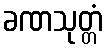
ခဏသုတ္တံ